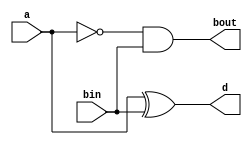
`timescale 1ns / 1ps

/*
Company: Sogang University
Engineer: G_EEE3
Create Date: 2021/10/14 15:22:23
Module Name: half_subtractor
*/

module half_subtractor(
    input a, bin,
    output d, bout
);

assign d = a ^ bin;
assign bout = ~a & bin;

endmodule